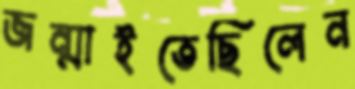
জন্মাইতেছিলেন